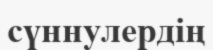
сүннулердің